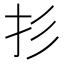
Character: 𱟫